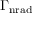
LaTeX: \Gamma _ { \mathrm { n r a d } }